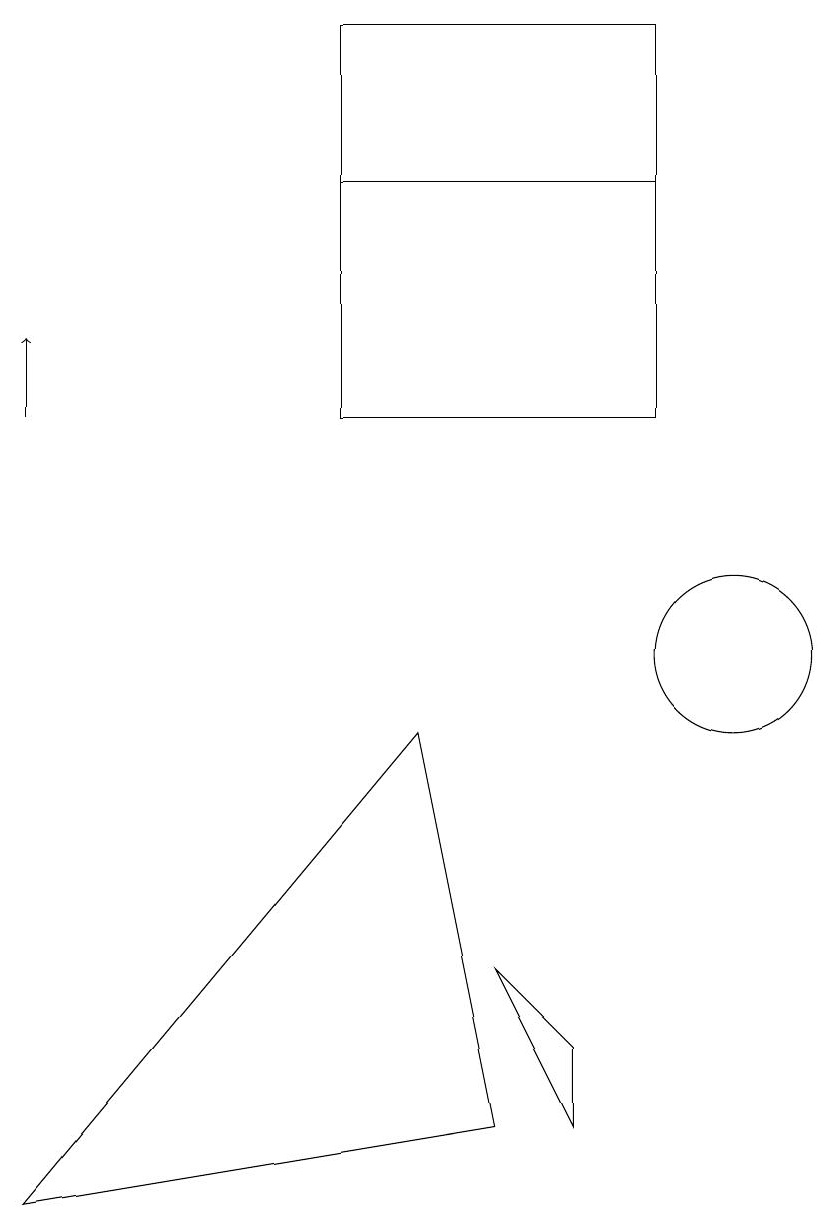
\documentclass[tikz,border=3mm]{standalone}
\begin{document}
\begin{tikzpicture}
\draw (7,6) -- (8,5) -- (8,4) -- cycle;
\draw (5,16) rectangle (9,18);
\draw (10,10) circle (1);
\draw (6,9) -- (7,4) -- (1,3) -- cycle;
\draw (9,16) rectangle (5,13);
\draw[->] (1,13) -- (1,14);
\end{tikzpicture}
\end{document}